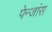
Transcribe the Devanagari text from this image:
पेन्जांस